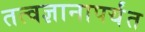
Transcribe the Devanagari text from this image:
तत्वज्ञानापर्यंत